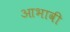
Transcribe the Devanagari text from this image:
आभावी